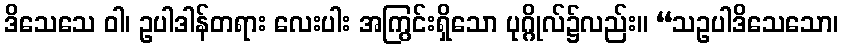
ဒိသေသေ ဝါ၊ ဥပါဒါန်တရား လေးပါး အကြွင်းရှိသော ပုဂ္ဂိုလ်၌လည်း။ “သဥပါဒိသေသော၊